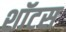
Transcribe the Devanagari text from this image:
शॉटस